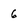
Character: 6